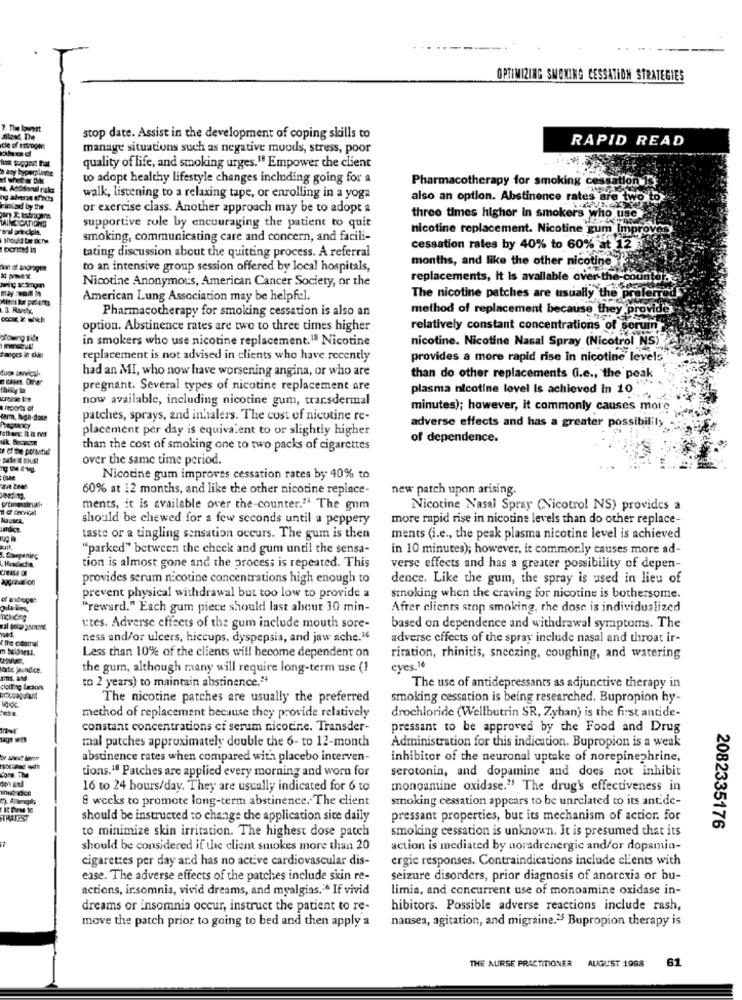
OPTIMIZING SMOKING CESSATION STRATEGIES
7. The lowest
stop date. Assist in the development of coping skills to
RAPID READ
manage situations such as negative moods, stress, poor
quality of life, and smoking urges." Empower the client
to adopt healthy lifestyle changes including going for a
Pharmacotherapy for smoking cessation
walk, listening to a relaxing tape, or enrolling in a yoga
also an option. Abstinence rates are two to
Timiad by the
or exercise class. Another approach may be to adopt a
three times higher In smokers who use
supportive role by encouraging the patient to quit
nicotine replacement. Nicotine gum Improves
Should be Bene
smoking, communicating care and concern, and facili-
tating discussion about the quitting process. A referral
cessation rates by 40% to 60% at 12 2.
months, and like the other nicotine
don of andragen
to an intensive group session offered by local hospitals,
Nicotine Anonymous, American Cancer Society, or the
replacements, it is available over-the-counter
Mint tur patients
American Lung Association may be helpful.
The nicotine patches are usually the
ly the preferred
3. Rarely,
Pharmacotherapy for smoking cessation is also an
method of replacement because they provide
option. Abstinence rates are two to three times higher
relatively constant concentrations of serum
ofong side
in smokers who use nicotine replacement.18 Nicotine
nicotine. Nicotine Nasal Spray (Nicotrol NS)
fanges in skan
replacement is not advised in clients who have recently
provides a more rapid rise In nicotine levels
duon anivical.
had an MI, who now have worsening angina, or who are
than do other replacements (i.e ., the peak
pregnant. Several types of nicotine replacement are
plasma nicotine level Is achieved in 10
now available, including nicotine gum, transdermal
reports of
minutes); however, it commonly causes more
farm, Noch-dose
patches, sprays, and inhalers. The cost of nicotine re-
adverse effects and has a greater possibilily
placement per day is equivalent to or slightly higher
of dependence.
than the cost of smoking one to two packs of cigarettes
over the same time period.
tisse
Nicotine gum improves cessation rates by 40% to
60% at 12 months, and like the other nicotine replace-
new patch upon arising.
ments, it is available over the-counter." The gum
Nicotine Nasal Spray (Vicotrol NS) provides a
NAUSEA
should be chewed for a few seconds until a peppery
more rapid rise in nicotine levels than do other replace-
taste or a tingling sensation occurs. The gum is then
ments (i.e ., the peak plasma nicotine level is achieved
"parked" between the check and gum until the sensa-
in 10 minutes); however, it commonly causes more ad-
. Sharpening
Crease de
tion is almost gone and the process is repeated. This
verse effects and has a greater possibility of depen-
provides serum nicotine concentrations high enough to
dence. Like the gum, the spray is used in lieu of
of androgen:
prevent physical withdrawal but too low to provide a
smoking when the craving for nicotine is bothersome.
"reward." Each gum piece should last alscut 30 min-
After clients stop smoking, the dosc is individualized
val golangsinent
utes. Adverse effects of the gum include mouth sore-
based on dependence and withdrawal symptoms. The
ness and/or ulcers, hiccups, dyspepsia, and jaw ache."
adverse effects of the spray include nasal and throat ir-
Less than 10% of the clients will become dependent on
ritation, rhinitis, sneezing, coughing, and watering
tate jaunder.
the gum, although many will require long-term use (1
cyes.16
to 2 years) to maintain abstinence."
clotting lacsons
The use of antidepressants as adjunctive therapy in
The nicotine patches are usually the preferred
smoking cessation is being researched. Bupropion hy-
method of replacement because they provide relatively
drochloride (Wellbutrin SR, Zyban) is the first antide-
constant concentrations ci serum nicotine. Transder-
pressant to be approved by the Food and Drug
mal patches approximately double the 6- to 12-month
Administration for this indication. Bupropion is a weak
abstinence rates when compared with placebo interven-
inhibitor of the neuronal uptake of norepinephrine,
tions,18 Patches are applied every morning and worn for
serotonin, and dopamine and does not inhibit
16 to 24 hours/day. They are usually indicated for 6 to
monoamine oxidase." The drug's effectiveness in
8 wecks to promote long-term abstinence .. The client
smoking cessation appears to be unrelated to its antide-
TRATEST
should be instructed to change the application sice daily
pressant properties, but its mechanism of actior. for
smoking cessation is unknown. It is presumed that its
2082335176
to minimize skin irritation. The highest dose patch
should be considered if the client smokes more than 20
action is mediated by noradrenergic and/or dopamin-
cigarettes per day and has no active cardiovascular dis-
ergie responses. Contraindications include clients with
ease. The adverse effects of the patches include skin re-
seizure disorders, prior diagnosis of anorexia or bu-
actions, insomnia, vivid dreams, and myalgias." If vivid
limia, and concurrent use of monoamine oxidase in-
dreams or insomnia occur, instruct the patient to re-
hibitors. Possible adverse reactions include rash,
move the patch prior to going to bed and then apply a
nausea, agitation, and migraine.25 Bupropion therapy is
THE AURSE PRACTITIONER
AUGUST 1998
61